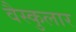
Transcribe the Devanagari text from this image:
वैस्कुलार